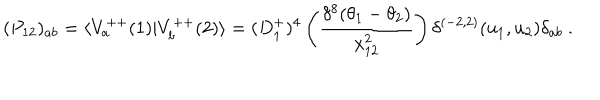
( P _ { 1 2 } ) _ { a b } = \langle V _ { a } ^ { + + } ( 1 ) \vert V _ { b } ^ { + + } ( 2 ) \rangle = ( D _ { 1 } ^ { + } ) ^ { 4 } \left( { \frac { \delta ^ { 8 } ( \theta _ { 1 } - \theta _ { 2 } ) } { x _ { 1 2 } ^ { 2 } } } \right) \delta ^ { ( - 2 , 2 ) } ( u _ { 1 } , u _ { 2 } ) \delta _ { a b } \ .